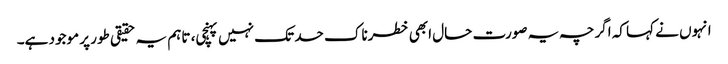
انہوں نے کہا کہ اگرچہ یہ صورت حال ابھی خطرناک حد تک نہیں پہنچی، تاہم یہ حقیقی طور پر موجود ہے۔